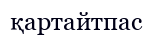
қартайтпас